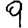
Digit: 9